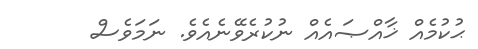
ޙުކުމެއް ޚާއްޞައެއް ނުކުރެވޭނެއެވެ. ނަމަވެސް